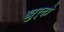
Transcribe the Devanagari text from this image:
खुर्दो